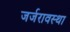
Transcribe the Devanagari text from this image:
जर्जरावस्था